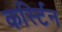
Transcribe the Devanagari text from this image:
कर्स्टिन